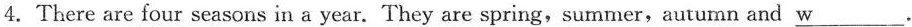
4. There are four seasons in a year. They are spring, summer, autumn and \underline{w} .